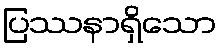
ပြဿနာရှိသော